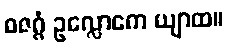
ဓဇဂ္ဂံ ဥလ္လောကေ ယျာထ။